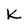
Character: K